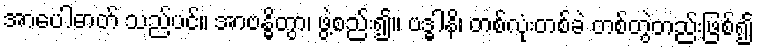
အာပေါဓာတ် သည်ပင်။ အာဗန္ဓိတွာ၊ ဖွဲ့စည်း၍။ ဗဒ္ဓါနိ၊ တစ်လုံးတစ်ခဲ တစ်တွဲတည်းဖြစ်၍